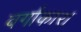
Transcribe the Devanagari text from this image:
वर्गाकार।